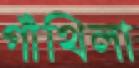
গাঁথিলা